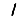
Digit: 1